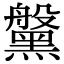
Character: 𪒀